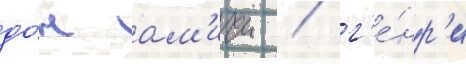
до́н ам'ичи / г'е́нр'и